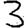
Digit: 3